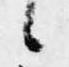
候